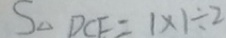
S _ { \Delta D C E } = 1 \times 1 \div 2